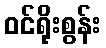
ဝင်ရိုးစွန်း